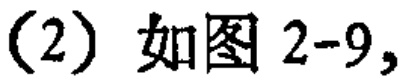
(2) 如图 2-9,